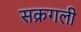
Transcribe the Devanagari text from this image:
सक्रगली